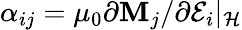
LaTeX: \alpha_{ij}=\mu_{0}\partial\mathbf{M}_{j}/\partial\mathcal{{E}}_{i}\rvert_{\mathcal{{H}}}